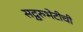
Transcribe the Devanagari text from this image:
सद्गुरुभेटीची